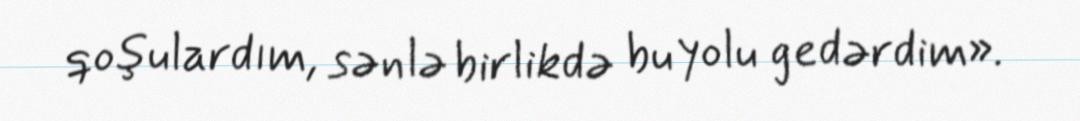
qoşulardım, sənlə birlikdə bu yolu gedərdim».